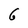
Character: 6